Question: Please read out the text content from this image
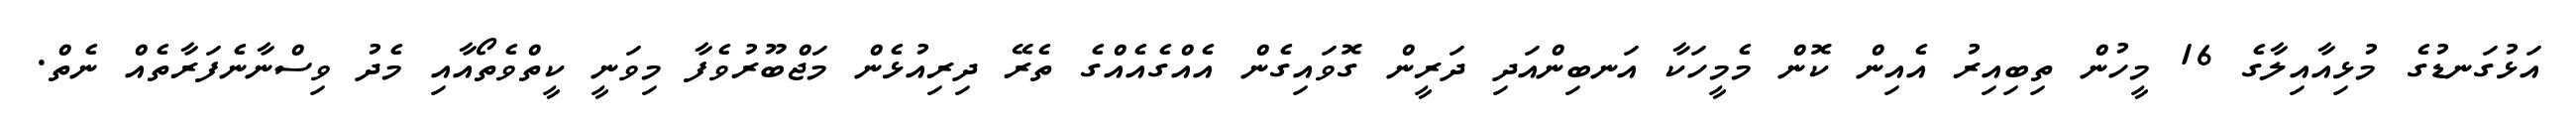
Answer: އަޅުގަނޑުގެ މުޅިއާއިލާގެ 16 މީހުން ތިބިއިރު އެއިން ކޮން މެމީހަކާ އަނބިންއަދި ދަރީން ގޮވައިގެން އެއްގެއެއްގެ ތެރޭ ދިރިއުޅެން މަޖްބޫރުވެފާ މިވަނީ ކީތްވެތޯއާއި މެދު ވިސްނާނެފަރާތެއް ނެތް.